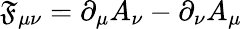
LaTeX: \mathfrak{F}_{\mu\nu}=\partial_{\mu}A_{\nu}-\partial_{\nu}A_{\mu}